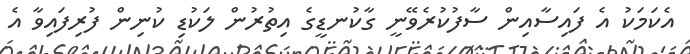
އެކަމަކު އެ ފައިސާއިން ސާފުކުރެވޭނީ ގާކުނޑީގެ އިތުރުން ލަކުޑި ކުނިން ފުރިފައިވާ އެ